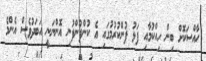
ހާއްސަކޮށް ބިން ހިއްކުމާއި ފަޅު ފުންކުރުމުގައި އެ ކުންފުންފުނި އޮންނަނީ އަބަދުވެސް އެންމެ